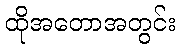
ထိုအတောအတွင်း